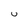
Character: U